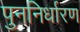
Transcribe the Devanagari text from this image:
पुननिर्धारण